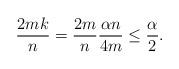
LaTeX: \begin{align*}\frac{2mk}{n} = \frac{2m}{n}\frac{\alpha n}{4m} \le \frac{\alpha}{2}.\end{align*}